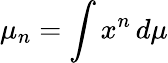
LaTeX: \mu_{n}=\int x^{n}\, d\mu